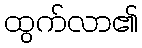
ထွက်လာ၏